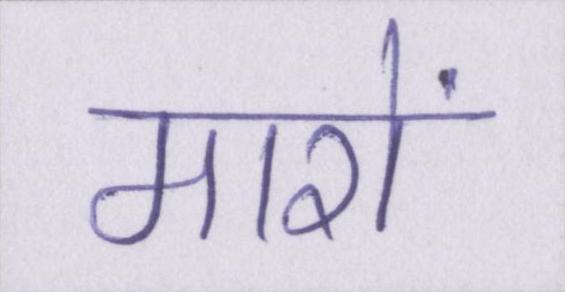
मारों